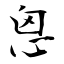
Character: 恖